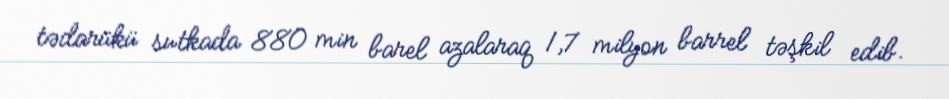
tədarükü sutkada 880 min barel azalaraq 1,7 milyon barrel təşkil edib.